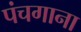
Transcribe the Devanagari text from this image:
पंचगाना